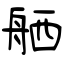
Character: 舾